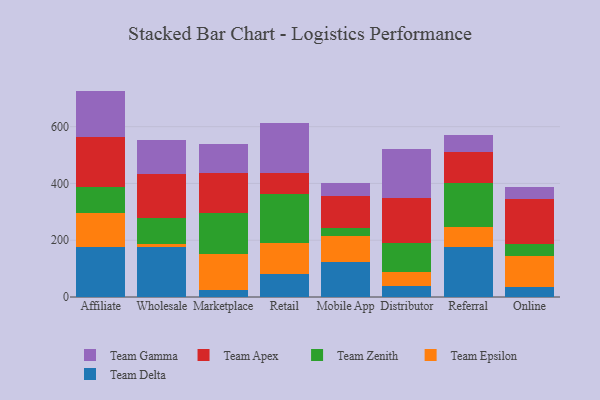
{"axis": {"x": "Channel", "y": "Backlog"}, "legend": ["Team Apex", "Team Delta", "Team Epsilon", "Team Gamma", "Team Zenith"], "data": [{"x": "Affiliate", "y": 174.6, "type": "Team Delta"}, {"x": "Affiliate", "y": 119.7, "type": "Team Epsilon"}, {"x": "Affiliate", "y": 94.5, "type": "Team Zenith"}, {"x": "Affiliate", "y": 173.6, "type": "Team Apex"}, {"x": "Affiliate", "y": 163.7, "type": "Team Gamma"}, {"x": "Wholesale", "y": 174.7, "type": "Team Delta"}, {"x": "Wholesale", "y": 12.7, "type": "Team Epsilon"}, {"x": "Wholesale", "y": 91.8, "type": "Team Zenith"}, {"x": "Wholesale", "y": 152.3, "type": "Team Apex"}, {"x": "Wholesale", "y": 123.0, "type": "Team Gamma"}, {"x": "Marketplace", "y": 24.7, "type": "Team Delta"}, {"x": "Marketplace", "y": 127.0, "type": "Team Epsilon"}, {"x": "Marketplace", "y": 143.8, "type": "Team Zenith"}, {"x": "Marketplace", "y": 141.0, "type": "Team Apex"}, {"x": "Marketplace", "y": 104.0, "type": "Team Gamma"}, {"x": "Retail", "y": 79.3, "type": "Team Delta"}, {"x": "Retail", "y": 109.4, "type": "Team Epsilon"}, {"x": "Retail", "y": 173.7, "type": "Team Zenith"}, {"x": "Retail", "y": 73.9, "type": "Team Apex"}, {"x": "Retail", "y": 177.5, "type": "Team Gamma"}, {"x": "Mobile App", "y": 124.7, "type": "Team Delta"}, {"x": "Mobile App", "y": 90.5, "type": "Team Epsilon"}, {"x": "Mobile App", "y": 28.7, "type": "Team Zenith"}, {"x": "Mobile App", "y": 111.6, "type": "Team Apex"}, {"x": "Mobile App", "y": 44.9, "type": "Team Gamma"}, {"x": "Distributor", "y": 38.0, "type": "Team Delta"}, {"x": "Distributor", "y": 49.1, "type": "Team Epsilon"}, {"x": "Distributor", "y": 103.7, "type": "Team Zenith"}, {"x": "Distributor", "y": 159.3, "type": "Team Apex"}, {"x": "Distributor", "y": 170.6, "type": "Team Gamma"}, {"x": "Referral", "y": 175.5, "type": "Team Delta"}, {"x": "Referral", "y": 71.3, "type": "Team Epsilon"}, {"x": "Referral", "y": 154.9, "type": "Team Zenith"}, {"x": "Referral", "y": 109.5, "type": "Team Apex"}, {"x": "Referral", "y": 60.4, "type": "Team Gamma"}, {"x": "Online", "y": 35.8, "type": "Team Delta"}, {"x": "Online", "y": 107.0, "type": "Team Epsilon"}, {"x": "Online", "y": 43.9, "type": "Team Zenith"}, {"x": "Online", "y": 159.8, "type": "Team Apex"}, {"x": "Online", "y": 40.7, "type": "Team Gamma"}]}